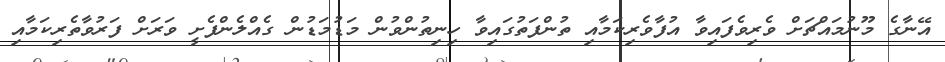
އޭނާގެ މޫނުމައްޗަށް ވެރިވެފައިވާ އުފާވެރިކަމާއި ތުންފަތުގައިވާ ހިނިތުންވުން މަޑުމަޑުން ގެއްލެންފެށީ ވަރަށް ފަރުވާތެރިކަމާއި